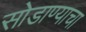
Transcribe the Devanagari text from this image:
सोडाण्याचा